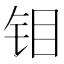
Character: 钼